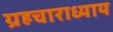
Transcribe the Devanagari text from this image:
ग्रहचाराध्याय